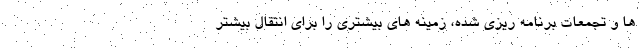
ها و تجمعات برنامه ریزی شده، زمینه های بیشتری را برای انتقال بیشتر